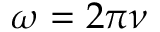
\omega = 2 \pi \nu